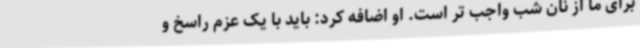
برای ما از نان شب واجب تر است. او اضافه کرد: باید با یک عزم راسخ و